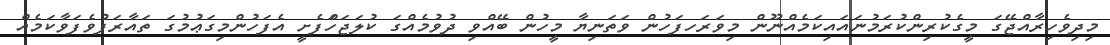
މިދިވެހިރާއްޖޭގަ މީގެކުރިންކުރަމުނައައިކަމެއްނޫން މިވަރަހފަހުން ވަތަނިޔާ މީހުން ބޭއްވި ދުވުމެއްގަ ކުލަޖަހަްފެށީ އެފަހުންމިގަޢުމުގަ ތައާރަފުވެފަވާކަމެއް